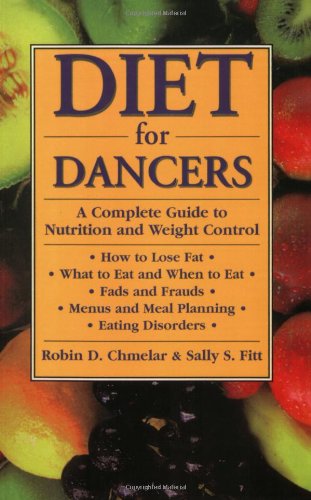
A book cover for Diet for Dancers: A Complete Guide to Nutrition and Weight Control; Robin D. Chmelar; Humor & Entertainment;